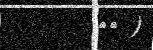
٣١ )